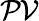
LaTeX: \mathcal{PV}